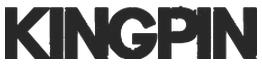
KINGPIN